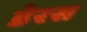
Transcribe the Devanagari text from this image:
डेरस